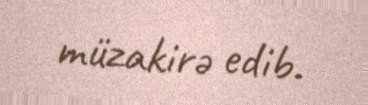
müzakirə edib.